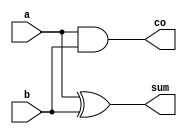
module half_adder(
	input	a,
	input	b,

	output	sum,
	output	co
);

xor(sum, a, b);
and(co, a, b);

endmodule